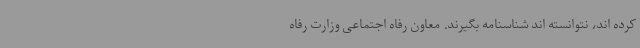
کرده اند، نتوانسته اند شناسنامه بگیرند. معاون رفاه اجتماعی وزارت رفاه